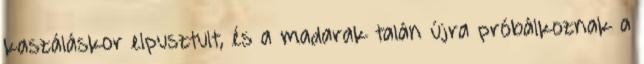
kaszáláskor elpusztult, és a madarak talán újra próbálkoznak a